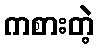
ကစားတဲ့